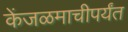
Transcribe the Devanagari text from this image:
केंजळमाचीपर्यंत